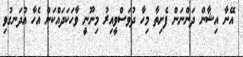
އޭނާ އިޝާން ދަންނަން ފެށިތާ މިހާ ދުވަސްވީއިރު މިނޫނީ ވާހަކަދައްކަން އެހާ އުދަނގުވި